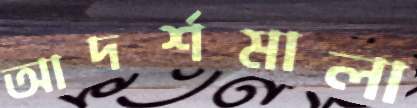
আদর্শমালা